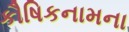
કૌષિકનામના